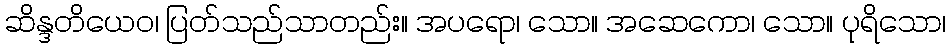
ဆိန္ဒတိယေဝ၊ ပြတ်သည်သာတည်း။ အပရော၊ သော။ အဆေကော၊ သော။ ပုရိသော၊